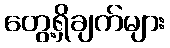
တွေ့ရှိချက်များ